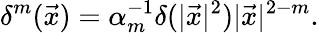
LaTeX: \delta^{m}(\vec{x})=\alpha_{m}^{-1}\delta(|\vec{x}|^{2})|\vec{x}|^{2-m}.